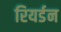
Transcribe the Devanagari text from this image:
रियर्डन